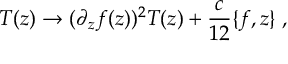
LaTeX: T ( z ) \rightarrow ( \partial _ { z } f ( z ) ) ^ { 2 } T ( z ) + \frac { c } { 1 2 } \{ f , z \} \; ,